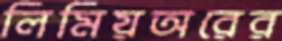
লিমিয়অরের